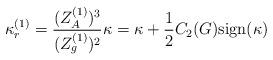
LaTeX: \begin{align*}\kappa_r^{(1)} = \frac{(Z_A^{(1)})^3}{(Z_g^{(1)})^2} \kappa = \kappa + \frac{1}{2}C_2(G){\rm sign}(\kappa)\end{align*}